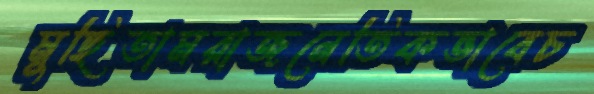
মুছিতামরাজনেতিকভাবেচ